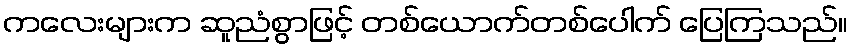
ကလေးများက ဆူညံစွာဖြင့် တစ်ယောက်တစ်ပေါက် ပြေကြသည်။